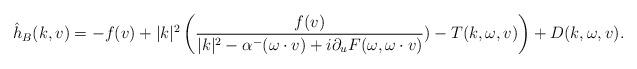
LaTeX: \begin{align*}\hat{h}_B(k,v)&= -f(v) + |k|^2 \left(\frac{ f(v) }{|k|^2 -\alpha^-(\omega\cdot v)+ i \partial_u F(\omega,\omega \cdot v)})- T(k,\omega,v) \right) + D(k,\omega,v).\end{align*}